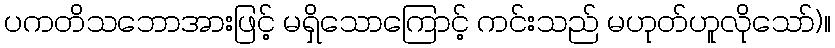
ပကတိသဘောအားဖြင့် မရှိသောကြောင့် ကင်းသည် မဟုတ်ဟူလိုသော်)။